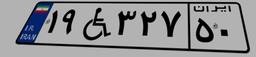
۱۹W۳۲۷۵۰